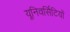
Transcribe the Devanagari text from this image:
यूनिवर्सिटियों